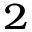
_ 2